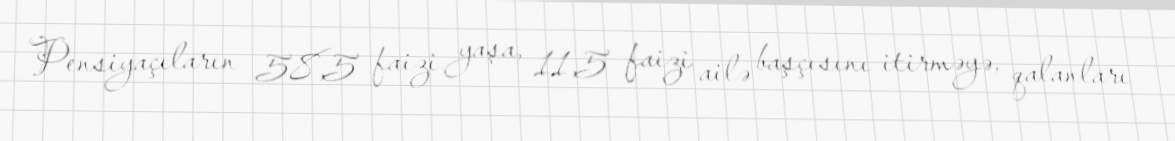
Pensiyaçıların 58,5 faizi yaşa, 11,5 faizi ailə başçısını itirməyə, qalanları